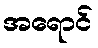
အရောင်